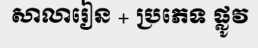
សាលារៀន + ប្រភេទ ផ្លូវ